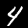
Digit: 4